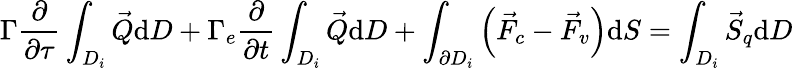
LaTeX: \Gamma\frac{\partial}{\partial\tau}\int_{D_{i}}\vec{Q}\mathrm{d}D+\Gamma_{e}\frac{\partial}{\partial t}\int_{D_{i}}\vec{Q}\mathrm{d}D+\int_{\partial D_{i}}\left(\vec{F}_{c}-\vec{F}_{v}\right)\mathrm{d}S=\int_{D_{i}}\vec{S}_{q}\mathrm{d}D